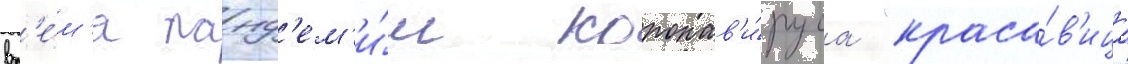
вр'е́м'я панд'ем'и́и коронав'и́руса "краса́в'ица